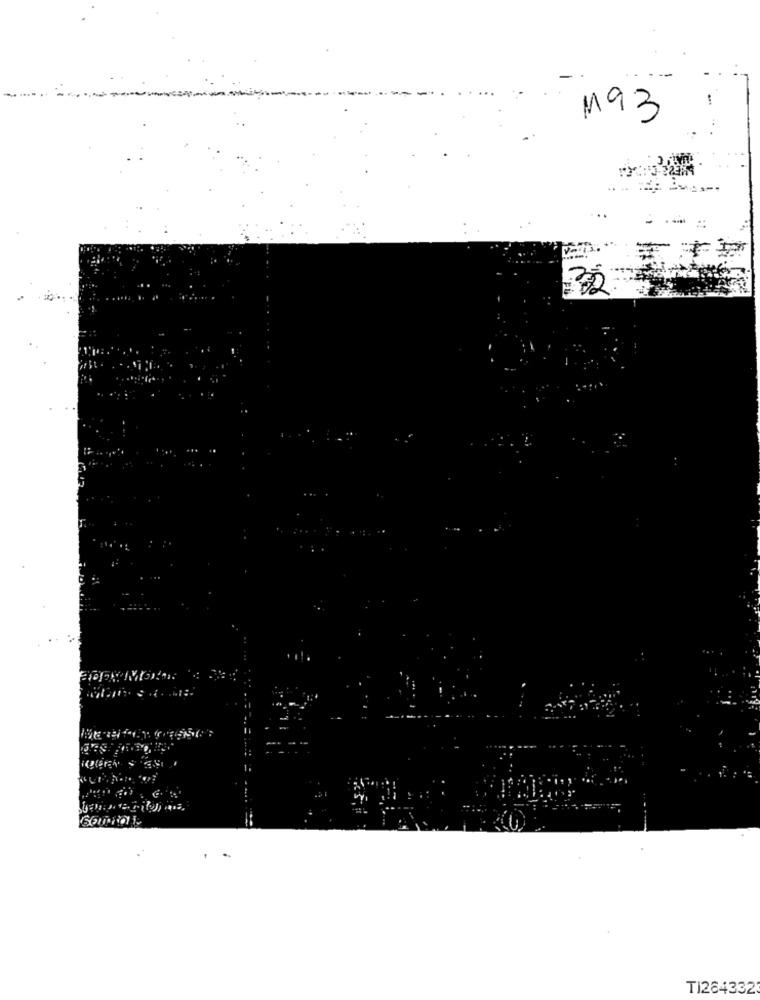
M93
TI284332